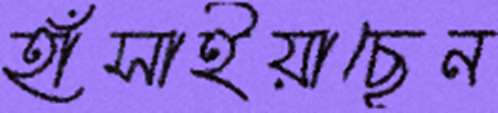
হাঁসাইয়াছেন